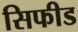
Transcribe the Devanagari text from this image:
सिफीड